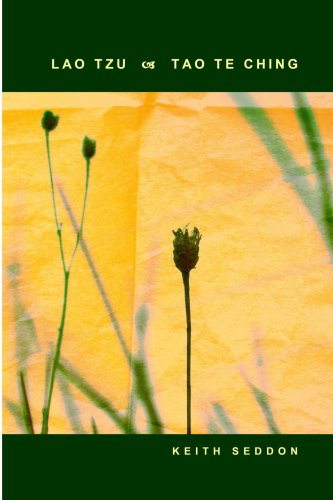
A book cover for Lao Tzu: Tao Te Ching; Lao Tzu; Religion & Spirituality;